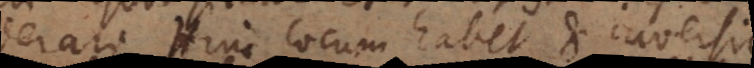
considerari. Hinc locum habet et inversio.